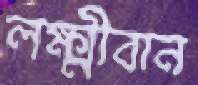
লক্ষ্মীবান